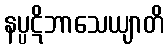
နပ္ပဋိဘာသေယျာတိ